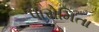
પારોમિતા